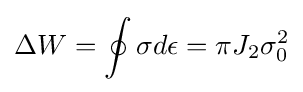
\Delta W=\oint \sigma d\epsilon =\pi J_{2}\sigma _{0}^{2}